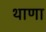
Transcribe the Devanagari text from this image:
थाणा